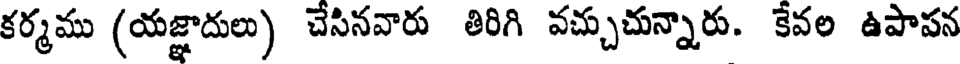
కర్మము (యజ్ఞాదులు) చేసినవారు తిరిగి వచ్చుచున్నారు. కేవల ఉపాపన